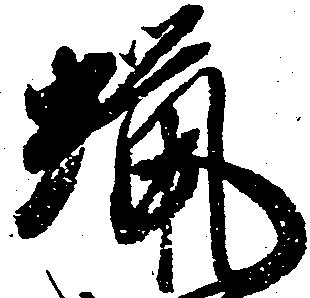
蝋